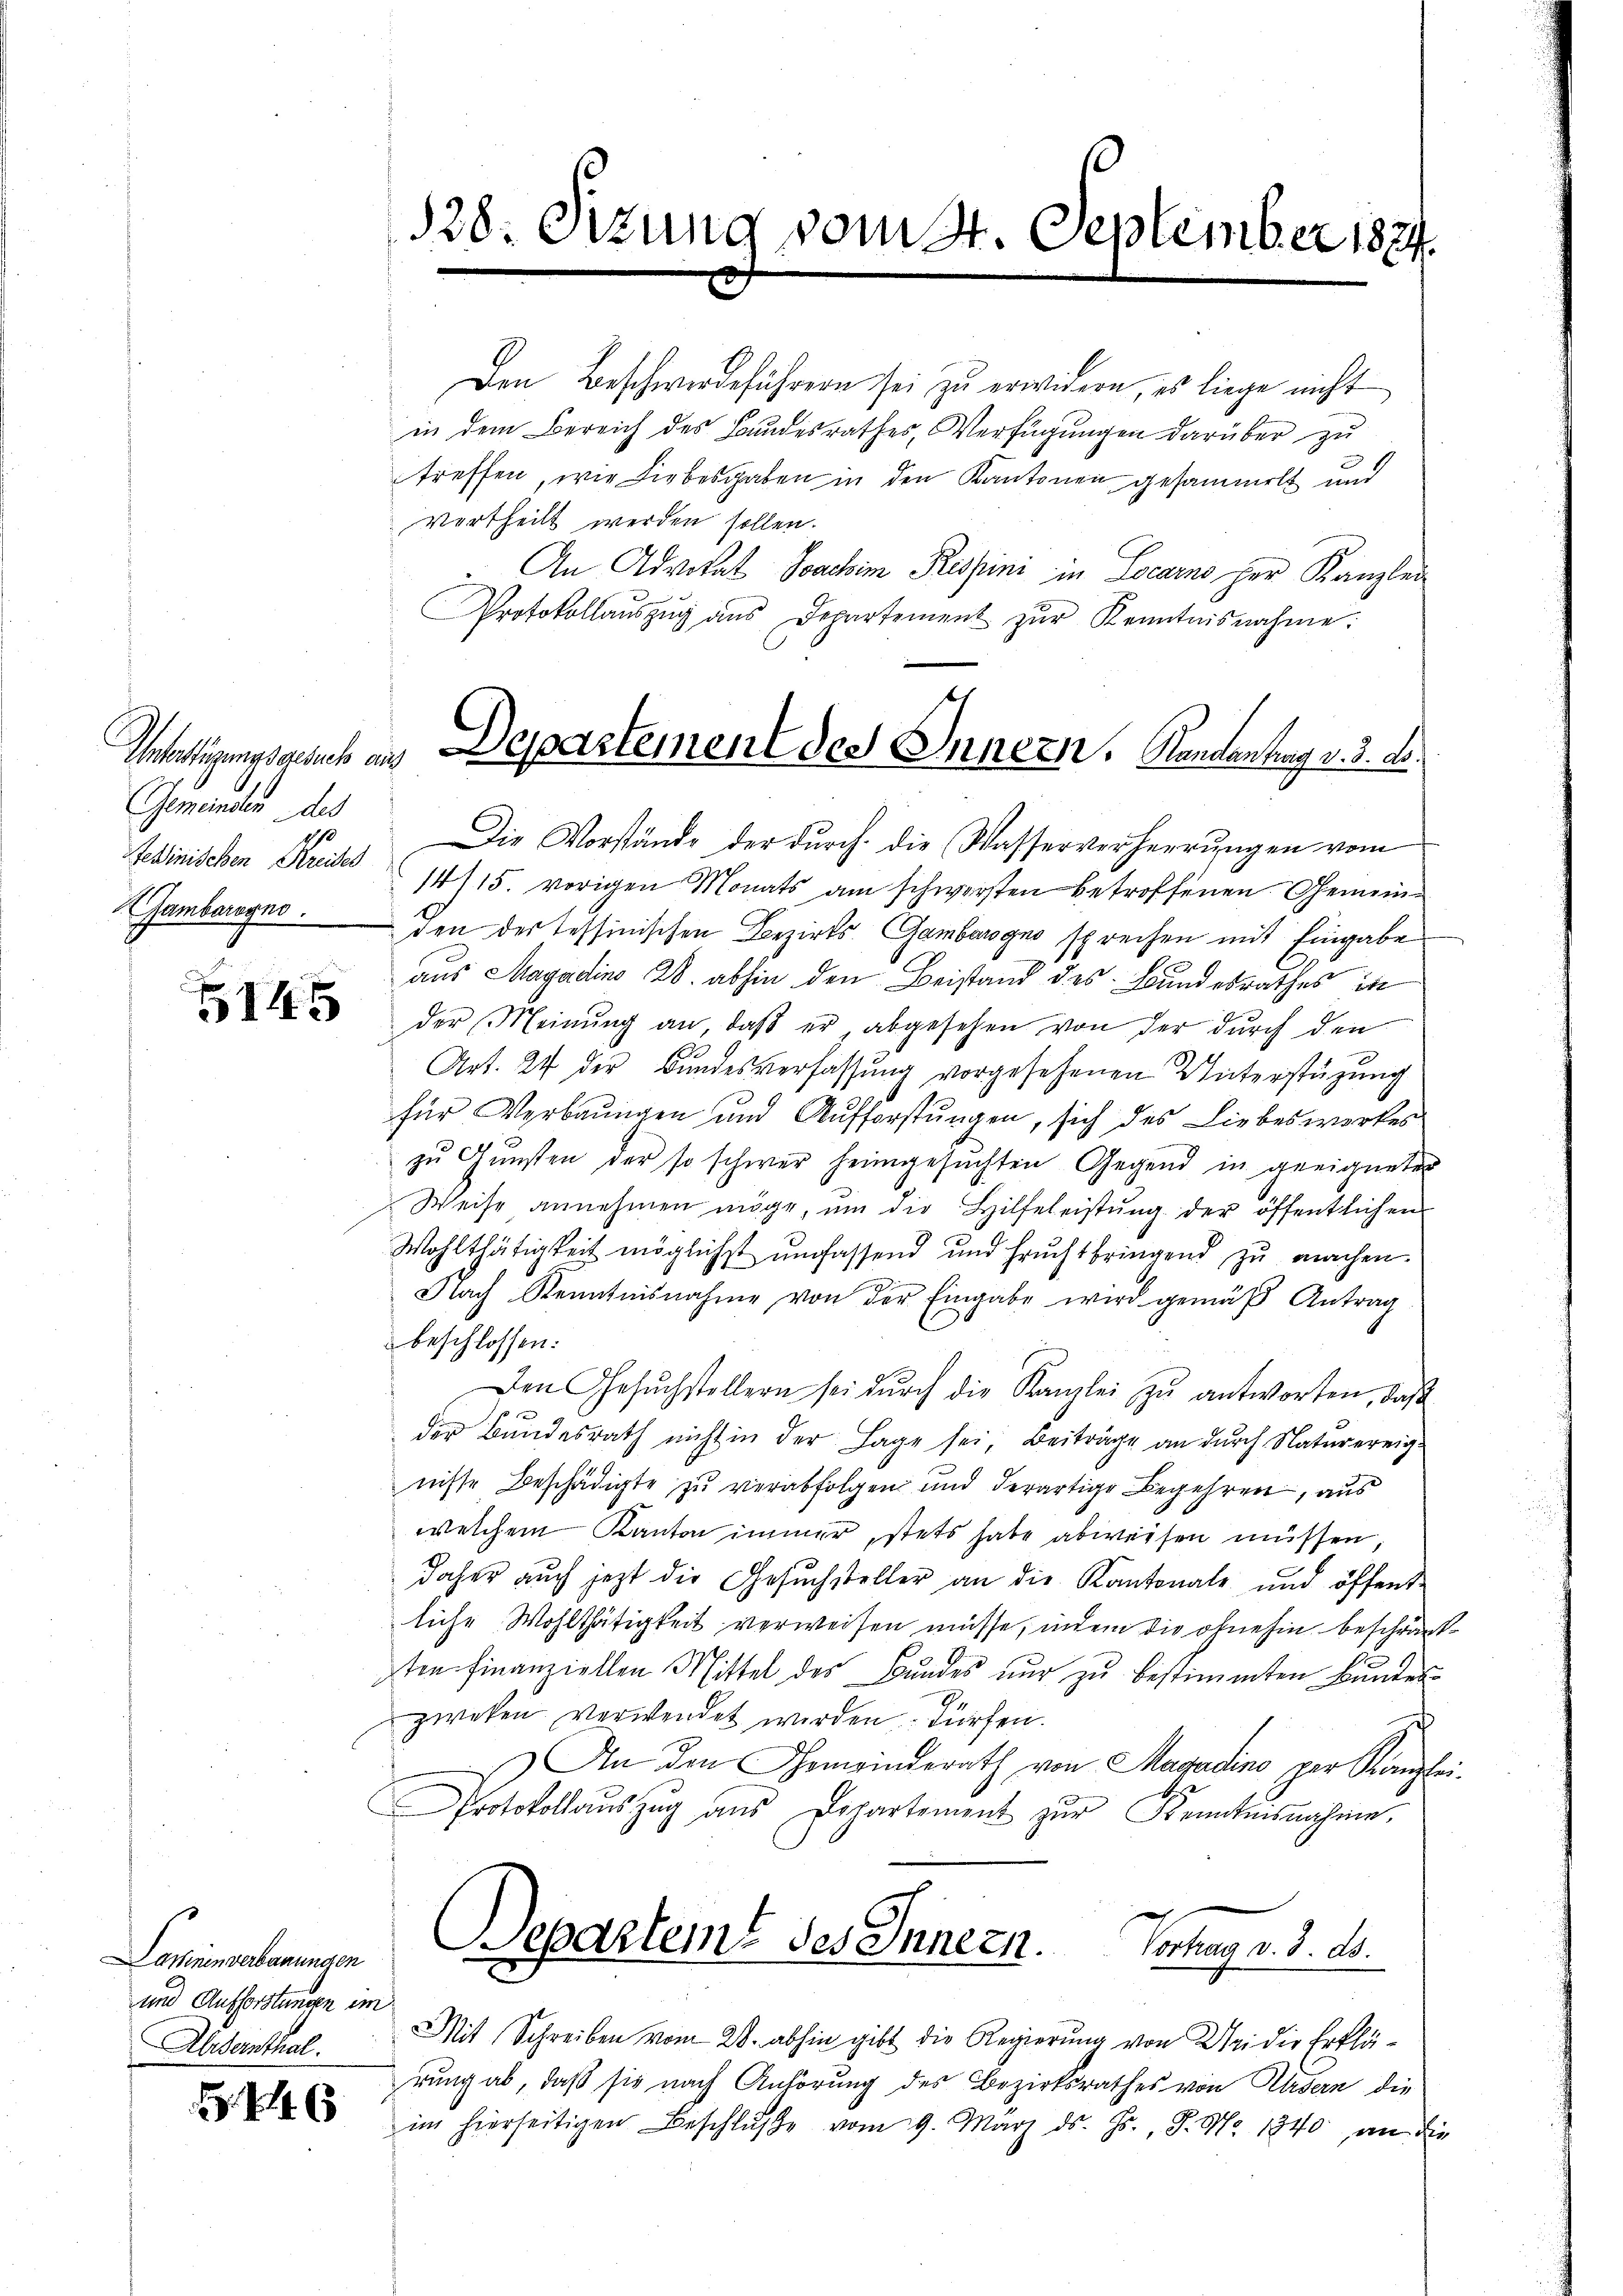
Gemeinden des

Lawinen verbauungen
und Aufforstungen im
Aldernthal.

Den Beschwerdeführern sei zu erwidern, es liege nicht
in dem Bereich des Bundesrathes, Verfügungen darüber zu
treffen, wie Liebesgaben in den Kantonen gesammelt und
vertheilt werden sollen.
An Advokat Joachim Respini in Locarno her Kanzlei
Protokollaŭszŭg ans Departement zŭr Kenntnisnahme.
edinischen Kreises Die Vorstände der durch die Wasserverherrungen vom
14/15. vorigen Monats am schwersten betroffenen Gemein¬
EGamberegno den des Tessinischen Bezirks-Gambarogno sprechen mit Eingabe
aus Magadino 28. abhin den Beistand des Bundesrathes in
  der Meinŭng an, daβ er, abgesehen von der dŭrch den
Art. 24 der Bundesverfassung vorgesehenen Unterstüzung
für Verbungen und Aufforstungen, sich des Liebeswerkes
zu Gunsten der so schwer heimgesuchten Gegend in geeignetes
Weise annehmen möge, ŭm die Hilfeleistŭng der öffentlichen
Wohlthätigkeit möglichst umfassend und fruchtbringend zŭ machen.
Nach Kenntnisnahme von der Eingabe wird gemäß Antrag
beschlossen:
Den Gesŭchstellern sei dŭrch die Kanzlei zŭ antworten, daβ
der Bundesrath nicht in der Lage sei, Beiträge an durch Naturereigniste Beschädigte zu verabfolgen und derartige Begehren, aus
welchem Kanton immer, stets habe abweisen müssen
daher auch jezt die Gesuchsteller an die Kantonale und öffent-
liche Wohlthätigkeit verweisen müsse, indem die ohnehin beschränten finanziellen Mittel des Bundes nur zu bestimmten Bundeszweken verwendet werden dürfen.
An den Gemeinderath von Magadino per Kanzl
Protokollaŭszŭg aŭs Departement zŭr Kenntnisnahme,
Departemt des Innern. Vortrag v. 3. ds.

128. Sizung vom 21. September 1824.

Unfertigungsgesuch an Departement des Innern. Kandantung v. 3. A

Mit Schreiben vom 28. abhin gibt die Regierung von Uri die Erklä-
rung ab, daß sie nach Anhörung des Bezirksrathes von Kasern die
im hierseitigen Beschlŭβe vom 9. März ds. Gs., S. Nr. 1840, an die